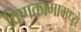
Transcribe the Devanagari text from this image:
विणकामामध्ये